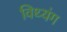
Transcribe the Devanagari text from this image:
विथ्यंग